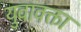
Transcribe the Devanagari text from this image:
युवावक्ता